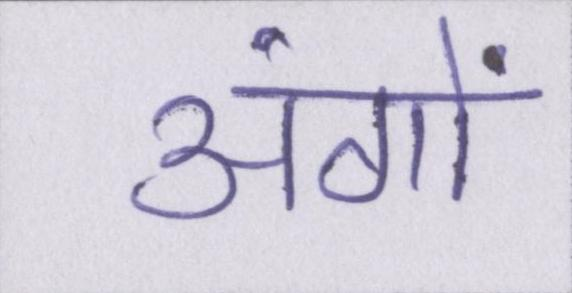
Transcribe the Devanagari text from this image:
अंगों